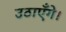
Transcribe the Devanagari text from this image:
उठाएँगे।